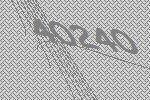
40240